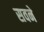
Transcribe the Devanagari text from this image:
सवने